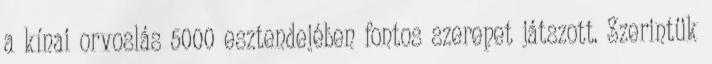
a kínai orvoslás 5000 esztendejében fontos szerepet játszott. Szerintük